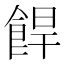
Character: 𩛧